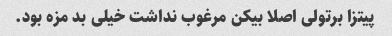
پیتزا برتولی اصلا بیکن مرغوب نداشت خیلی بد مزه بود.